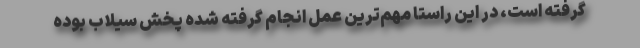
گرفته است، در این راستا مهم‌ترین عمل انجام گرفته شده پخش سیلاب بوده